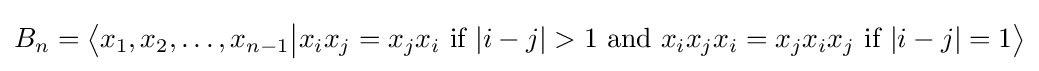
B_{n}=\left\langle x_{1},x_{2},\ldots ,x_{n-1}{\big |}x_{i}x_{j}=x_{j}x_{i}{\text{ if }}|i-j|>1{\text{ and }}x_{i}x_{j}x_{i}=x_{j}x_{i}x_{j}{\text{ if }}|i-j|=1\right\rangle